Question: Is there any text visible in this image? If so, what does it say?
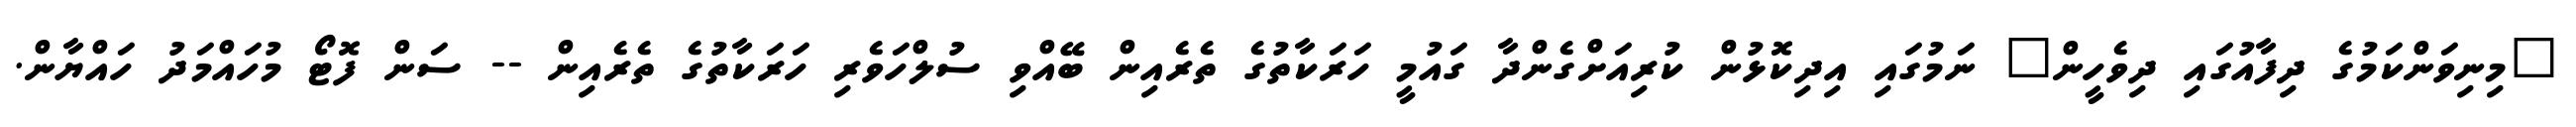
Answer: "މިނިވަންކަމުގެ ދިފާއުގައި ދިވެހީން" ނަމުގައި އިދިކޮޅުން ކުރިއަށްގެންދާ ގައުމީ ހަރަކާތުގެ ތެރެއިން ބޭއްވި ސުލްހަވެރި ހަރަކާތުގެ ތެރެއިން -- ސަން ފޮޓޯ މުހައްމަދު ހައްޔާން.